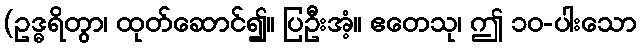
(ဥဒ္ဓရိတွာ၊ ထုတ်ဆောင်၍။ ပြဦးအံ့။ ဧတေသု၊ ဤ ၁၀-ပါးသော